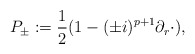
\begin{align*} P_\pm:=\frac 12(1-(\pm i)^{p+1}\partial_r\cdot), \end{align*}